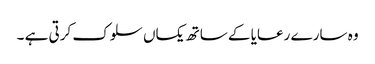
وہ سارے رعایا کے ساتھ یکساں سلوک کرتی ہے ۔